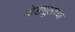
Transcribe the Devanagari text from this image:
मोड्यूलच्या